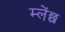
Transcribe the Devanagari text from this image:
म्लेंछ